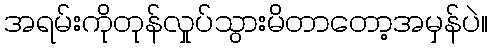
အရမ်းကိုတုန်လှုပ်သွားမိတာတော့အမှန်ပဲ။